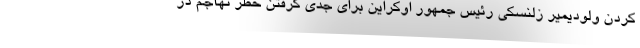
کردن ولودیمیر زلنسکی رئیس جمهور اوکراین برای جدی گرفتن خطر تهاجم در